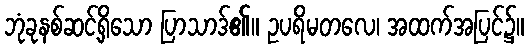
ဘုံခုနစ်ဆင့်ရှိသော ပြာသာဒ်၏။ ဥပရိမတလေ၊ အထက်အပြင်၌။